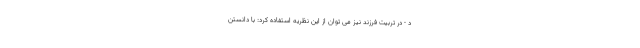
د - در تربیت فرزند نیز می توان از این نظریه استفاده کرد: با دانستن